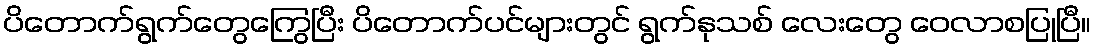
ပိတောက်ရွက်တွေကြွေပြီး ပိတောက်ပင်များတွင် ရွက်နုသစ် လေးတွေ ဝေလာစပြုပြီ။